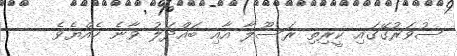
ސުވަރުގޭގައި ކީރިތި ރަސޫލާ އާއި ބައްދަލު ވާނެ ހެއްޔެވެ